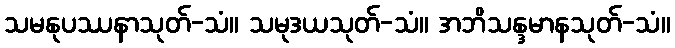
သမနုပဿနာသုတ်-သံ။ သမုဒယသုတ်-သံ။ အဘိသန္ဒမာနသုတ်-သံ။